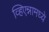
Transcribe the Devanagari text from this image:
व्हिएन्नामध्ये